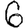
Digit: 6